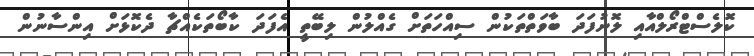
ކޮލެސްޓްރޯލްއާއި ލޮނުފަދަ ބާވަތްތަކުން ސިއްހަތަށް ގެއްލުން ލިބޭތީ އެފަދަ ކާބޯތަކެއްޗާ ދެކޮޅަށް އިންސާނުން